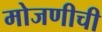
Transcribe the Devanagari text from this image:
मोजणीची